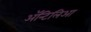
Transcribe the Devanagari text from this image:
अॅन्टिलिआ